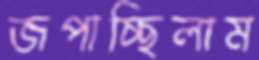
জপাচ্ছিলাম